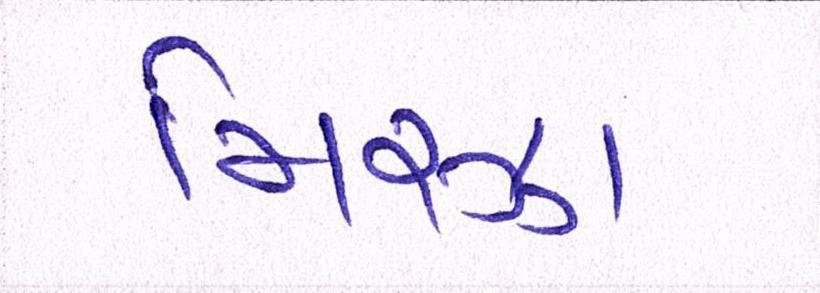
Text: મિરઝા